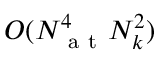
O ( N _ { \mathrm { ~ a ~ t ~ } } ^ { 4 } N _ { k } ^ { 2 } )